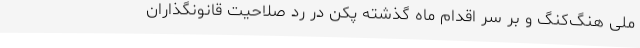
ملی هنگ‌کنگ و بر سر اقدام ماه گذشته پکن در رد صلاحیت قانونگذاران